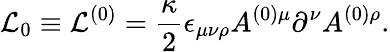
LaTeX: {\cal L}_{0}\equiv{\cal L}^{(0)}=\frac{\kappa}{2}\epsilon_{\mu\nu\rho}A^{(0)\mu}\partial^{\nu}A^{(0)\rho}.